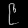
Digit: ၉